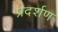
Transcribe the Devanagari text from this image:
प्रदर्शण